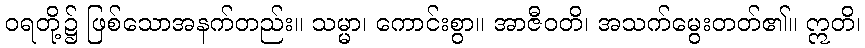
ဝရတို့၌ ဖြစ်သောအနက်တည်း။ သမ္မာ၊ ကောင်းစွာ။ အာဇီဝတိ၊ အသက်မွေးတတ်၏။ ဣတိ၊